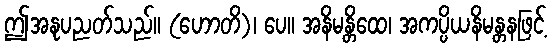
ဤအနုပညတ်သည်။ (ဟောတိ)၊ ပေ။ အနိမန္တိထေ၊ အကပ္ပိယနိမန္တနဖြင့်